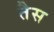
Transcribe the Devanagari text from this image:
तैस